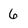
Character: 6